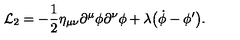
{ \cal L } _ { 2 } = - { \frac { 1 } { 2 } } \eta _ { \mu \nu } \partial ^ { \mu } \phi \partial ^ { \nu } \phi + \lambda \bigl ( \dot { \phi } - \phi ^ { \prime } \bigr ) .